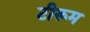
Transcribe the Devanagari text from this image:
टीरूम